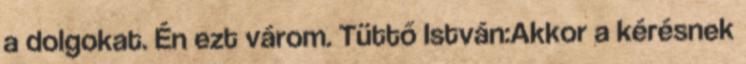
a dolgokat. Én ezt várom. Tüttő István:Akkor a kérésnek